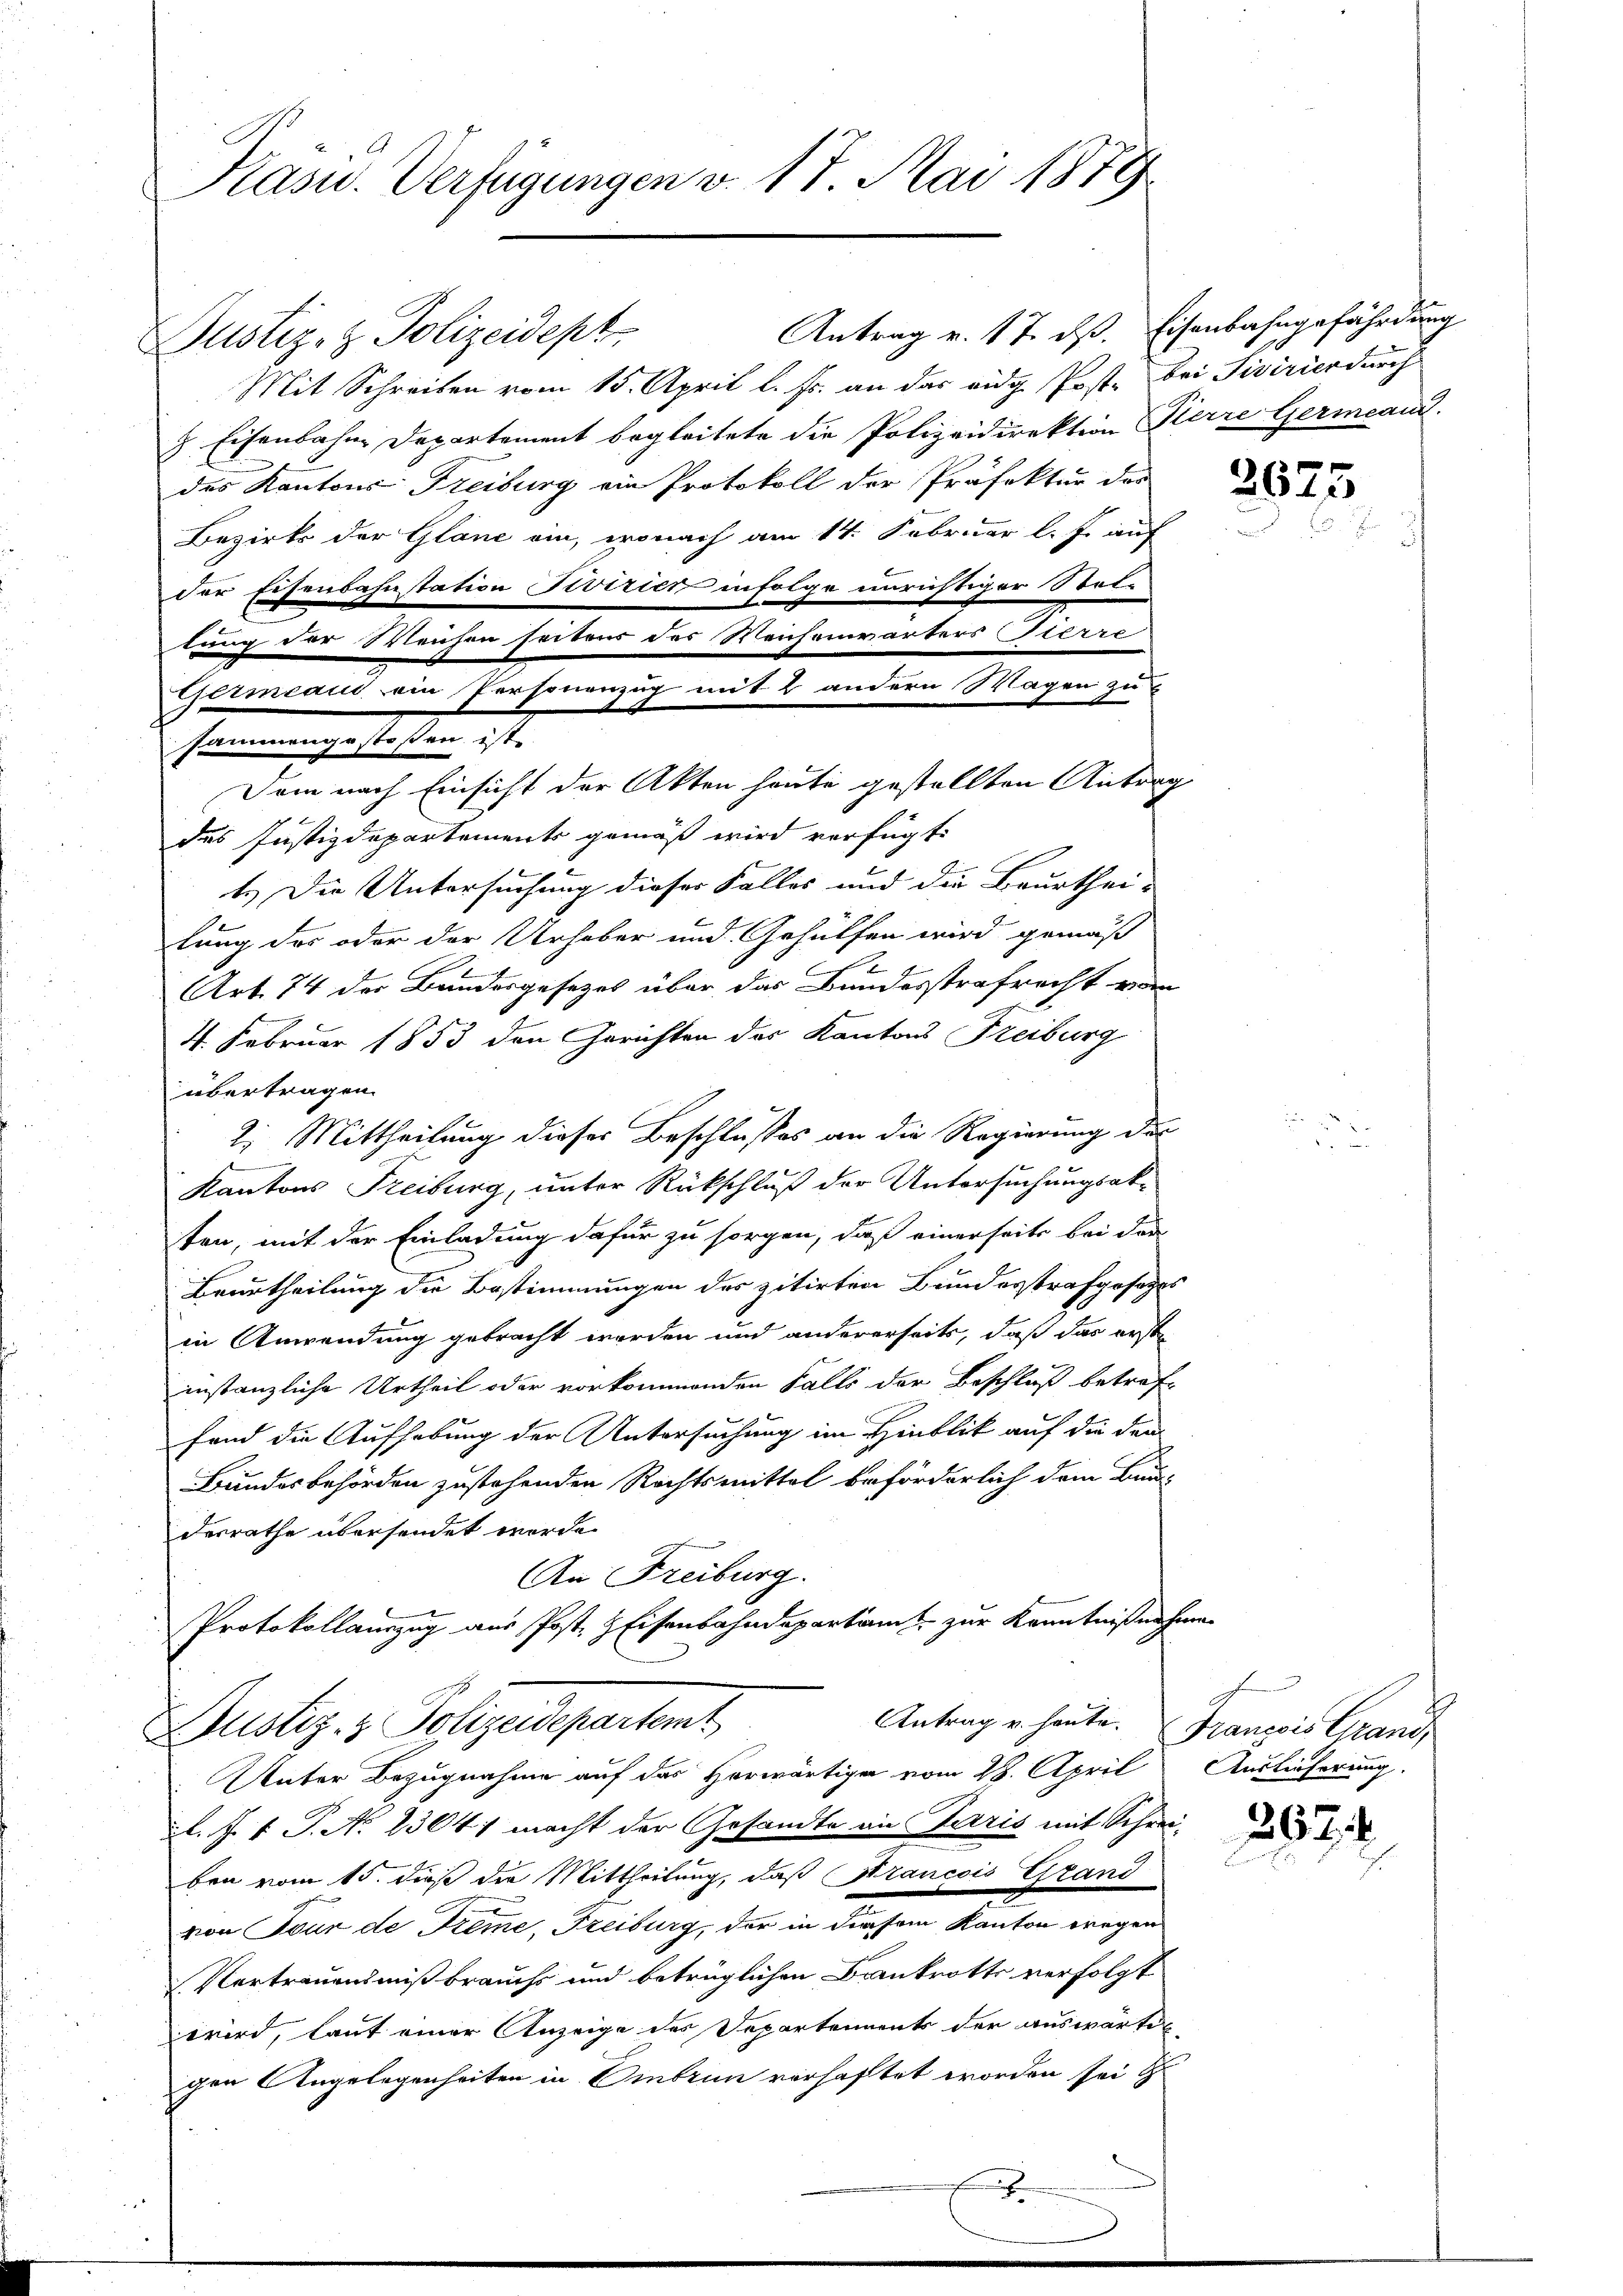
Kasu. Verfügungen v. 17. Mai 1879

Antrag v. 17. dß. Eisenbahngefährdung
Justiz- & Polizeidept.
Mit Schreiben vom 15. April l. Js. an der eidg. Post- bei Tivirierdurch
z. Eisenbahne Departement begleitete die Polizeidirektion Pierre Gericand.
des Kantons Freiburg ein Protokoll der Präfektur der
Bezirks der Gläne ein, wonach am 14. Februar l. J. auf
der Eisenbahnstation Pivizier infolge unrichtiger Steltung der Weichen seiteur der Weichenwärters Sterre
Dem nach Einsicht der Akten heute gestellten Antrag
des Justizdepartements gemäß wird verfügt:
7
1.) Die Untersuchung dieser Falles und die Beurthei-
lung des oder der Urhaber und Gehülfen wird gemäß
Art. 74 der Bandergesezes über das Bundesstrafrecht von
44. Februar 1853 den Gerichten des Kantons Freiburg
übertragen.
2. Mittheilung dieses Beschlusses an die Regierung des
e
Kantons Freiburg, unter Rückschluß der Untersuchungsakten, mit der Einladung dafür zu sorgen, daß einerseits bei den
Beurtheilung die Bestimmungen des zitirten Bundesstrafgesezes
in Anwendung gebracht werden und andererseits, daß das erste
instanzliche Urtheil oder vorkommenden Falls der Beschluß betref-
fand die Aufhebung der Untersuchung im Hinblick auf die den
Bundesbehörden zustehenden Rechtsmittel beförderlich dem Bun-
desrathe übersendet werde.
An Freiburg.
Protokollauszug aus Post, & Eisenbahndepartamt zur Kenntnißnahme

sammengestoßen ist.

Germann ein Personenzug mit 2 andern Wagen zu

Justiz- & Polizeidepartemt

Antrag u. heute. François Grand¬

Unter Bezugnahme auf das Herwärtige vom 28. April
A. J. V. P. No. 23041 macht der Gesandte in Paris mit Schrei-
ben vom 15. dieß die Mittheilung, daß Krancois Grand
von Tour de Treme, Freiburg, der in diesem Kanton wegen
Vertrauensmißbrauchs und betrüglichen Frankrotts verfolgt
wird, laut einer Anzeige des Departements der auswärtig
gen Angelegenheiten in Ombrun verhaftet worden sei u

3675

Auslieferung.

2674